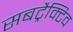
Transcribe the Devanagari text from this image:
सबट्रैक्टिव